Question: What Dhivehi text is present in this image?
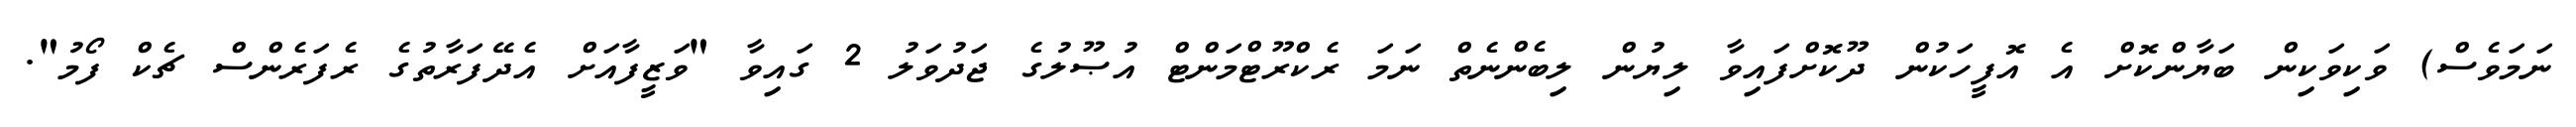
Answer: ނަމަވެސް) ވަކިވަކިން ބަޔާންކޮށް އެ އޮފީހަކުން ދޫކޮށްފައިވާ ލިޔުން ލިބެންނެތް ނަމަ ރެކްރޫޓްމަންޓް އުޞޫލުގެ ޖަދުވަލު 2 ގައިވާ "ވަޒީފާއަށް އެދޭފަރާތުގެ ރެފަރެންސް ޗެކް ފޯމު".